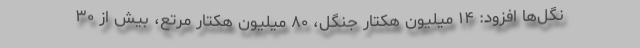
نگل‌ها افزود: ۱۴ میلیون هکتار جنگل، ۸۰ میلیون هکتار مرتع، بیش از ۳۰